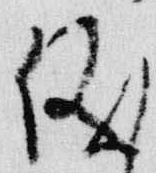
儀